Annual report of the Punjab Veterinary College and of the Civil Veterinary Department, Punjab - 1909-1919
Year: 1909
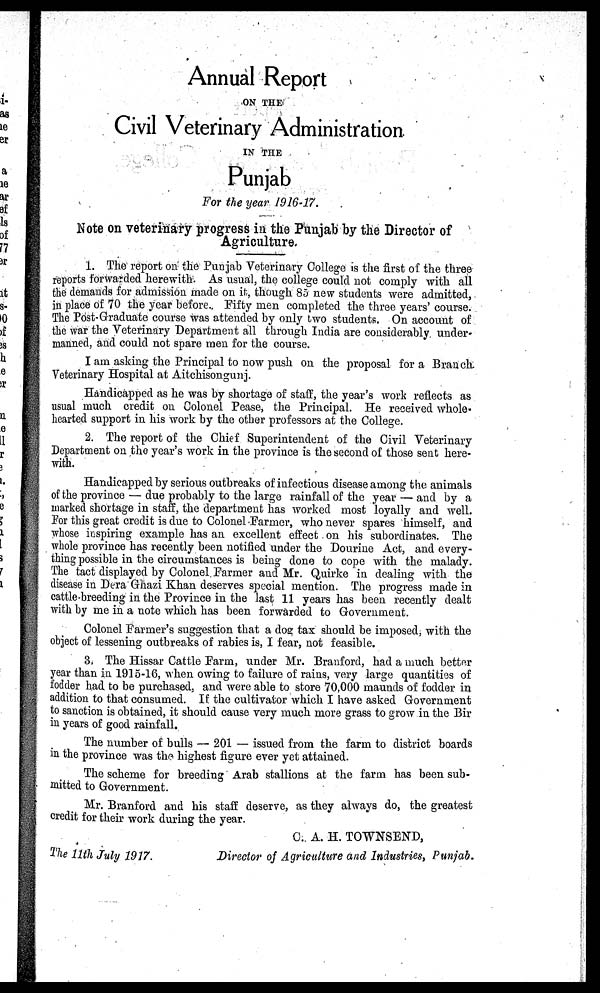
Annual Report
ON THE
Civil Veterinary Administration
IN THE
Punjab
For the year 1916-17.
Note on veterinary progress in the Punjab by the Director of
Agriculture.
1. The report on the Punjab Veterinary College is the first of the three
reports forwarded herewith. As usual, the college could not comply with all
the demands for admission made on it, though 85 new students were admitted,
in place of 70 the year before. Fifty men completed the three years' course.
The Post-Graduate course was attended by only two students. On account of
the war the Veterinary Department all through India are considerably under-
manned, and could not spare men for the course.
I am asking the Principal to now push on the proposal for a Branch
Veterinary Hospital at Aitchisongunj.
Handicapped as he was by shortage of staff, the year's work reflects as
usual much credit on Colonel Pease, the Principal. He received whole-
hearted support in his work by the other professors at the College.
2. The report of the Chief Superintendent of the Civil Veterinary
Department on the year's work in the province is the second of those sent here-
with.
Handicapped by serious outbreaks of infectious disease among the animals
of the province — due probably to the large rainfall of the year — and by a
marked shortage in staff, the department has worked most loyally and well.
For this great credit is due to Colonel Farmer, who never spares himself, and
whose inspiring example has an excellent effect on his subordinates. The
whole province has recently been notified under the Dourine Act, and every-
thing possible in the circumstances is being done to cope with the malady.
The tact displayed by Colonel Farmer and Mr. Quirke in dealing with the
disease in Dera Ghazi Khan deserves special mention. The progress made in
cattle-breeding in the Province in the last 11 years has been recently dealt
with by me in a note which has been forwarded to Government.
Colonel Farmer's suggestion that a dog tax should be imposed, with the
object of lessening outbreaks of rabies is, I fear, not feasible.
3. The Hissar Cattle Farm, under Mr. Branford, had a much better
year than in 1915-16, when owing to failure of rains, very large quantities of
fodder had to be purchased, and were able to store 70,000 maunds of fodder in
addition to that consumed. If the cultivator which I have asked Government
to sanction is obtained, it should cause very much more grass to grow in the Bir
in years of good rainfall.
The number of bulls — 201 — issued from the farm to district boards
in the province was the highest figure ever yet attained.
The scheme for breeding Arab stallions at the farm has been sub-
mitted to Government.
Mr. Branford and his staff deserve, as they always do, the greatest
credit for their work during the year.
C. A. H. TOWNSEND,
The 11th July 1917.
Director of Agriculture and Industries, Punjab.